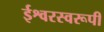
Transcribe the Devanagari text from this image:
ईश्वरस्वरूपी